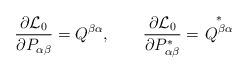
LaTeX: \begin{align*}\frac{\partial\mathcal{L}_{0}}{\partial P_{\alpha\beta}}=Q^{\beta\alpha},\qquad\frac{\partial\mathcal{L}_{0}}{\partial P_{\alpha\beta}^{\ast}}=\overset{\ast}{\left. Q^{\beta\alpha}\right. } \end{align*}